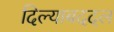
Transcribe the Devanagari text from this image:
दिल्याबददल